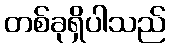
တစ်ခုရှိပါသည်